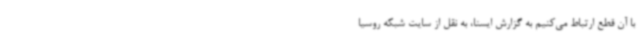
با آن قطع ارتباط می‌کنیم به گزارش ایسنا، به نقل از سایت شبکه روسیا